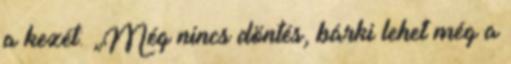
a kezét: „Még nincs döntés, bárki lehet még a